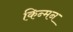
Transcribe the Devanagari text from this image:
किन्मन